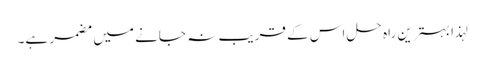
لہذا بہترین راہ حل اس کے قریب نہ جانے میں مضمر ہے۔